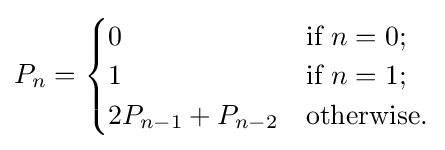
P_{n}={\begin{cases}0&{\mbox{if }}n=0;\\1&{\mbox{if }}n=1;\\2P_{n-1}+P_{n-2}&{\mbox{otherwise.}}\end{cases}}